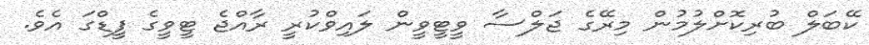
ކޭބަލް ބުރިކޮށްލުމުން މިރޭގެ ޖަލްސާ ވީޓީވީން ލައިވްކުރީ ރާއްޖެ ޓީވީގެ ފީޑްގަ އެވެ.